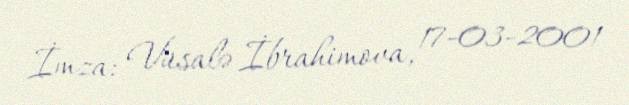
İmza: Vüsalə İbrahimova, 17-03-2001